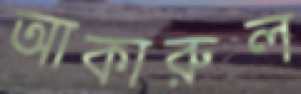
আকারুল